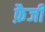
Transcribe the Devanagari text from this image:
फ़ैजी